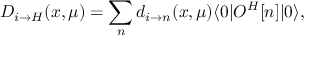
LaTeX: D _ { i \to H } ( x , \mu ) = \sum _ { n } d _ { i \to n } ( x , \mu ) \langle 0 | { \cal O } ^ { H } [ n ] | 0 \rangle ,